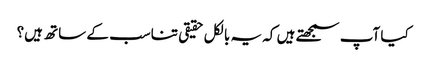
کیا آپ سمجھتے ہیں کہ یہ بالکل حقیقی تناسب کے ساتھ ہیں؟